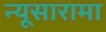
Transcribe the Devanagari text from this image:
न्यूसारामा